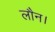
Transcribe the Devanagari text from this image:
लौन।